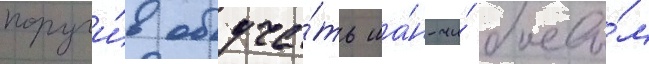
поручи́в обуча́ть ша́н-чи́ боевы́м